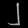
Digit: ၂